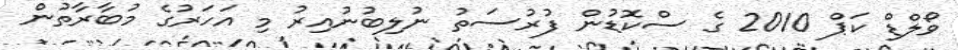
ވޯލްޑް ކަޕް 2010 ގެ ސްކޮޑުން ފުރުސަތު ނުލިބުނުއިރު މި އަހަރުގެ މުބާރާތުން